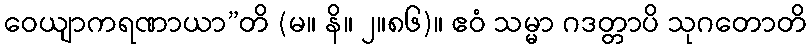
ဝေယျာကရဏာယာ”တိ (မ။ နိ။ ၂။၈၆)။ ဧဝံ သမ္မာ ဂဒတ္တာပိ သုဂတောတိ